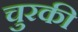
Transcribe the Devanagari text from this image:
चुरकी